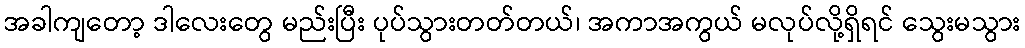
အခါကျတော့ ဒါလေးတွေ မည်းပြီး ပုပ်သွားတတ်တယ်၊ အကာအကွယ် မလုပ်လို့ရှိရင် သွေးမသွား